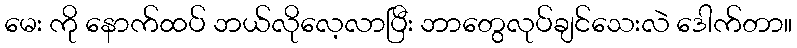
မေး ကို နောက်ထပ် ဘယ်လိုလေ့လာပြီး ဘာတွေလုပ်ချင်သေးလဲ ဒေါက်တာ။